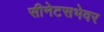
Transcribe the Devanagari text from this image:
सीनेटसभेवर